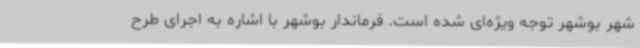
شهر بوشهر توجه ویژه‌ای شده است. فرماندار بوشهر با اشاره به اجرای طرح